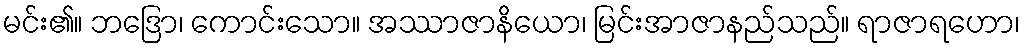
မင်း၏။ ဘဒြော၊ ကောင်းသော။ အဿာဇာနိယော၊ မြင်းအာဇာနည်သည်။ ရာဇာရဟော၊